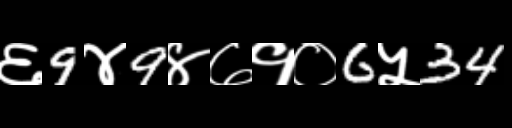
Text: ६9४9४७१०6५34